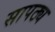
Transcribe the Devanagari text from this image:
सापठ्य